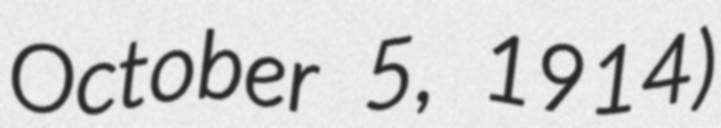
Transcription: October 5, 1914)